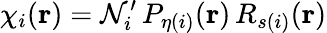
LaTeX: \chi_{i}(\mathbf{r})=\mathcal{N}_{i}^{\prime}\, P_{\eta(i)}(\mathbf{r})\, R_{s(i)}(\mathbf{r})